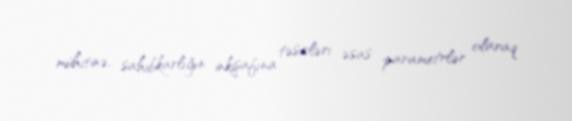
mühitinə, sahibkarlığın inkişafına təsirləri əsas parametrlər olaraq